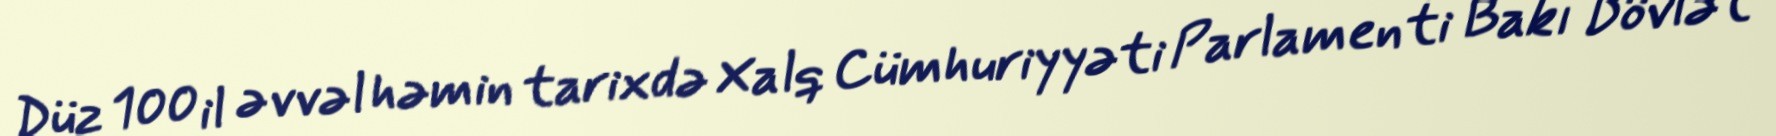
Düz 100 il əvvəl həmin tarixdə Xalq Cümhuriyyəti Parlamenti Bakı Dövlət